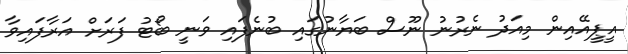
އީޕީއޭއިން މިއަދު ނެރުނު ނޫސް ބަޔާނުގައި ބުނެފައި ވަނީ ބޯޓު ފަރަށް އަރާފައިވާ